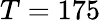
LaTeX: T=175